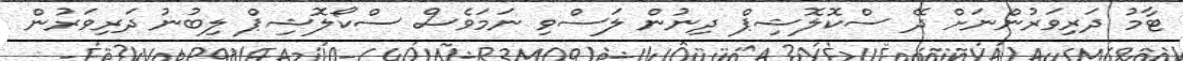
ޓާމު ދަރިވަރުންނަށް ދޭ ސްކޮލޮޝިޕް ދިނުން ލަސްވި ނަމަވެސް ސްކޯލޮޝިޕް ލިބުނު ދަރިވަރުން